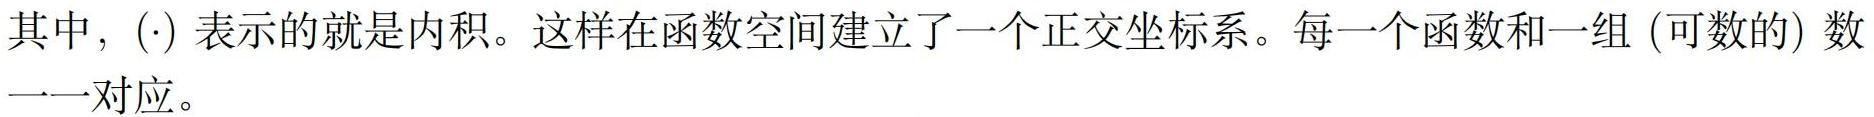
其中，$(\cdot)$ 表示的就是内积。这样在函数空间建立了一个正交坐标系。每一个函数和一组 (可数的) 数一一对应。